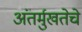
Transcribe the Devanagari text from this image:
अंतर्मुखतेचे